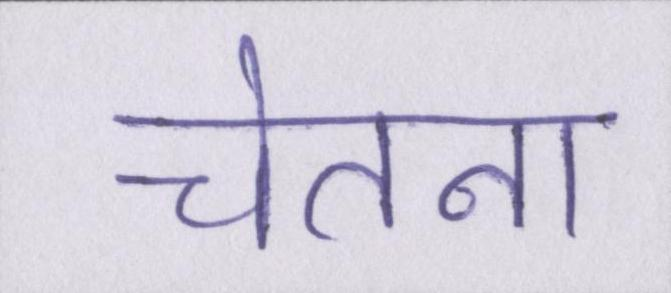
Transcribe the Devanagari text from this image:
चेतना